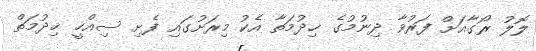
ލޮލު ރޯގާއަށް ފަރުވާ ދިނުމުގެ ޚިދުމަތާ އެކު މިރަށުގައި ފެށި ސިއްހީ ޚިދުމަތް